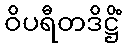
ဝိပရီတဒိဋ္ဌိံ